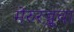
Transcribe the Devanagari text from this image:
मेरुरज्जूचा